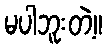
မပါဘူးတဲ့။